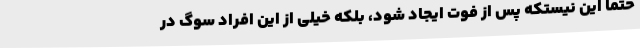
حتما این نیستکه پس از فوت ایجاد شود، بلکه خیلی از این افراد سوگ در